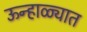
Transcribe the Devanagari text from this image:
ऊन्हाळ्यात